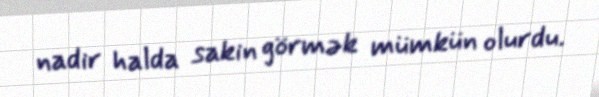
nadir halda sakin görmək mümkün olurdu.